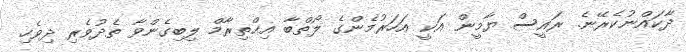
ދާކައްނުކެރޭނެ. ރައީސް ޔާމީން އަކީ އަހަރުމެންގެ ލޯތްބާ އިޙްތިރާމް ލިބިގެންވާ ތެދުވެރި ދިވެހި